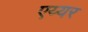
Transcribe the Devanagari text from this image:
एय्यर